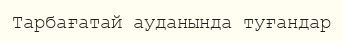
Тарбағатай ауданында туғандар